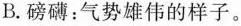
B.磅礴：气势雄伟的样子。